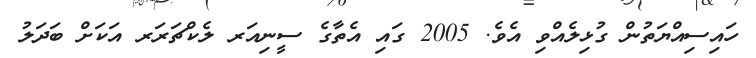
ހައިސިއްޔަތުން ގުޅިލެއްވި އެވެ. 2005 ގައި އެތާގެ ސީނިއަރ ލެކްޗަރަރ އަކަށް ބަދަލު